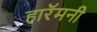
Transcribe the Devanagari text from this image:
हारॅमनी